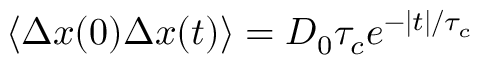
\left\langle \Delta x ( 0 ) \Delta x ( t ) \right\rangle = D _ { 0 } \tau _ { c } e ^ { - | t | / \tau _ { c } }